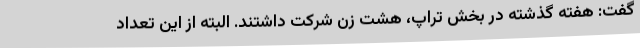
گفت: هفته گذشته در بخش تراپ، هشت زن شرکت داشتند. البته از این تعداد